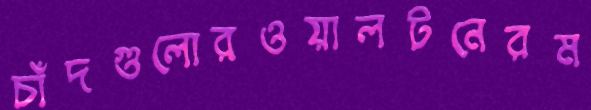
চাঁদগুলোরওয়ালটনেরম